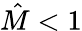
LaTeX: \hat{M}<1